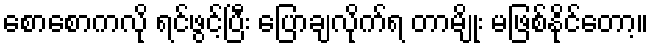
စောစောကလို ရင်ဖွင့်ပြီး ပြောချလိုက်ရ တာမျိုး မဖြစ်နိုင်တော့။